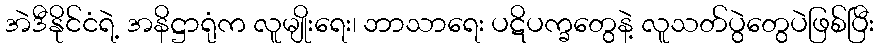
အဲဒီနိုင်ငံရဲ့ အနိဋ္ဌာရုံက လူမျိုးရေး၊ ဘာသာရေး ပဋိပက္ခတွေနဲ့ လူသတ်ပွဲတွေပဲဖြစ်ပြီး